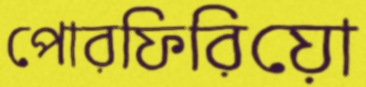
পোরফিরিয়ো